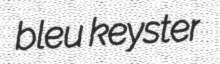
bleu keyster